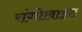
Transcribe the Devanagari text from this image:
रांगोलाइट